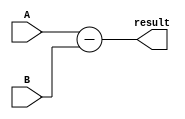
module structural_subtractor (
    input [3:0] A,
    input [3:0] B,
    output reg [3:0] result
);

assign result = A - B;

endmodule